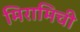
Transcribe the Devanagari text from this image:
मिरामिची